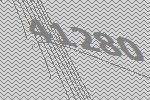
41280